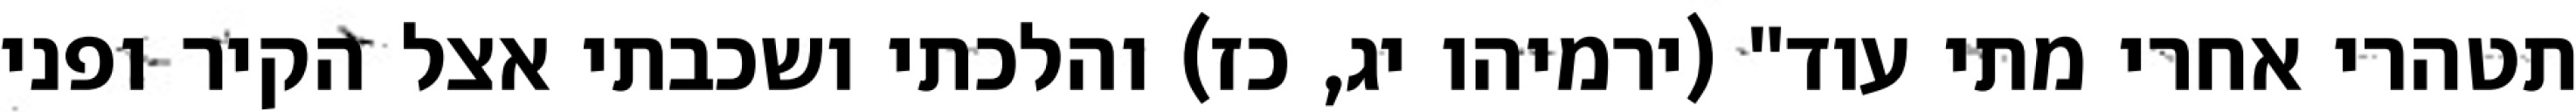
תטהרי אחרי מתי עוד" (ירמיהו יג, כז) והלכתי ושכבתי אצל הקיר ופני